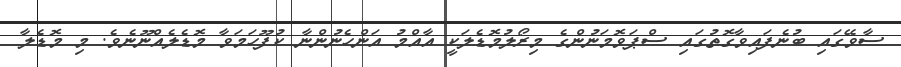
ސާވޭގައި ބުނެފައިވާގޮތުގައި ސްޕަވޮމަނުންގެ މިރޯލުމޮޑެލަކީ އާއްމު އަންހެނުންނާ ކުފޫހަމަވާ މޮޑެލެއްނޫނެވެ. މި މޮޑެލާ